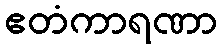
ဧတံကာရဏာ